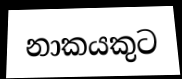
නාකයකුට